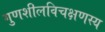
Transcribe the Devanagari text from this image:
गुणशीलविचक्षणस्य